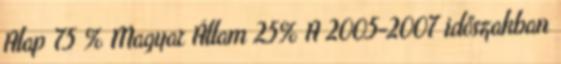
Alap 75 % Magyar Állam 25% A 2005-2007 időszakban